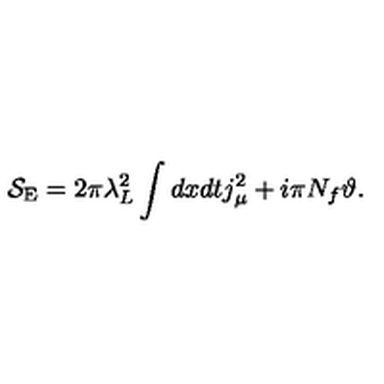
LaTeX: { \cal S } _ { \mathrm { E } } = 2 \pi \lambda _ { L } ^ { 2 } \int d x d t j _ { \mu } ^ { 2 } + i \pi N _ { f } { \vartheta } .